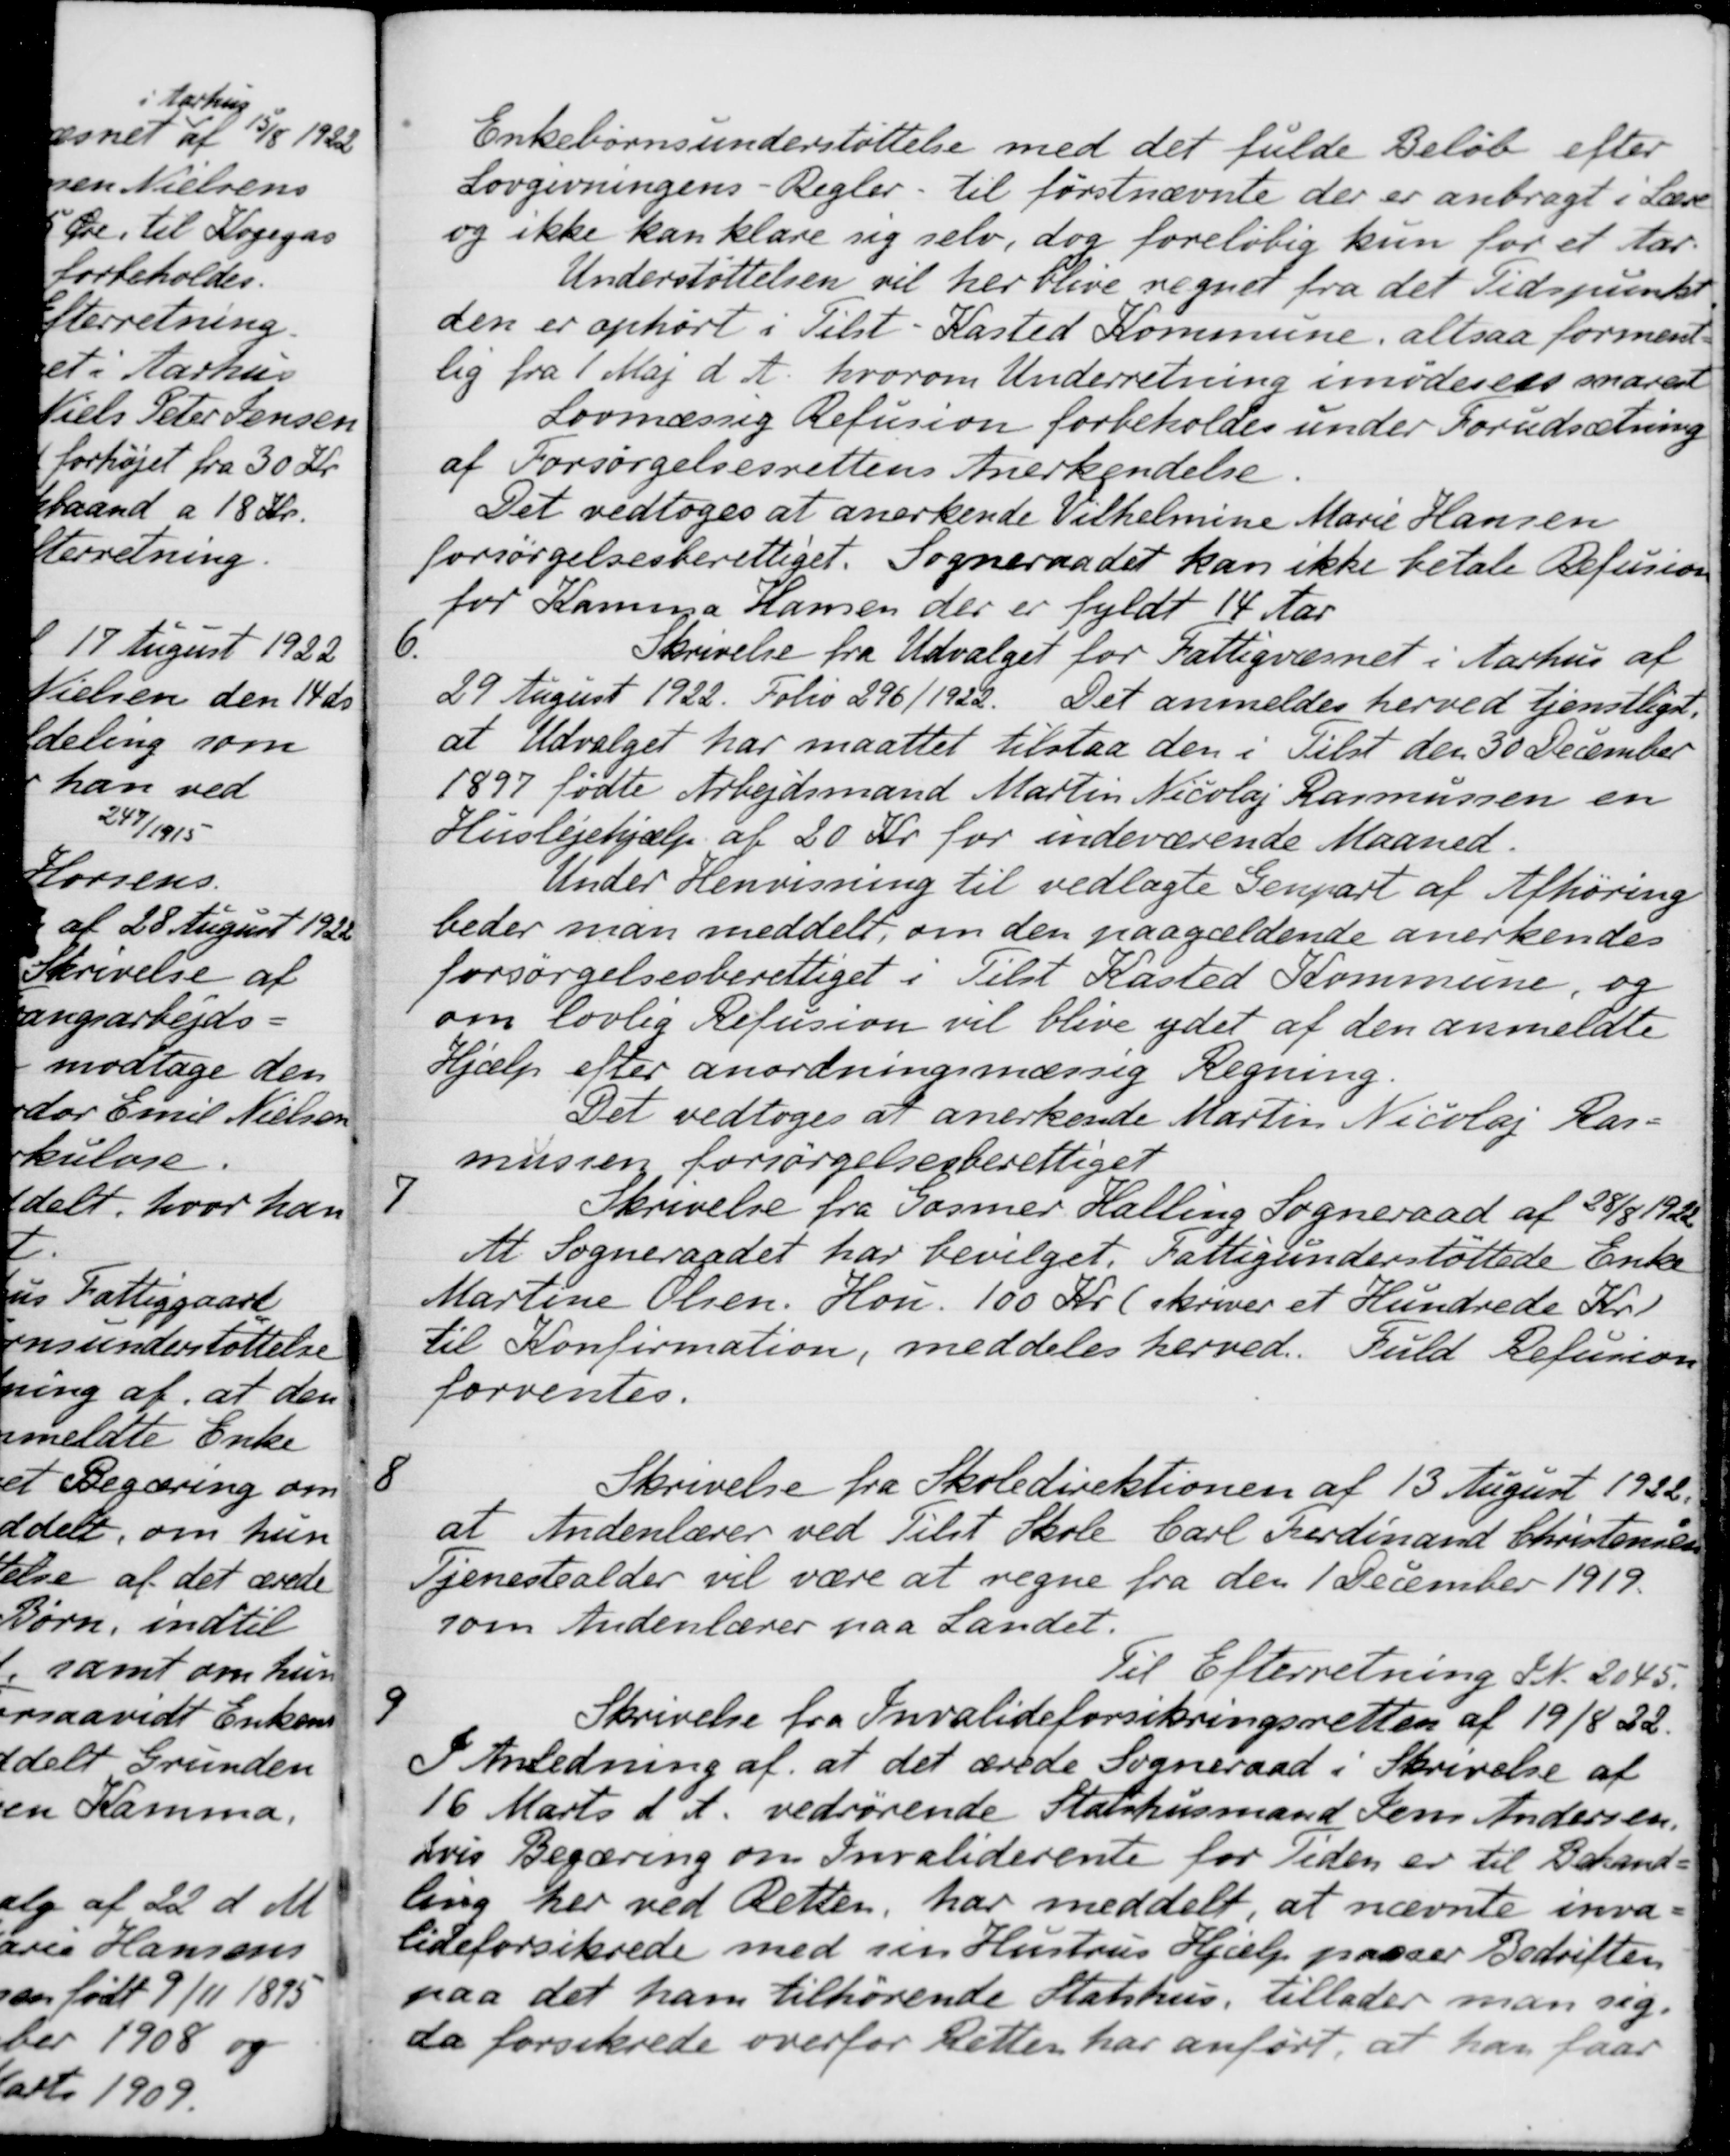
Transskription:
Enkebørnsunderstøttelse med det fulde Beløb efter
Lovgivningens - Regler til førstnævnte der er anbragt i Lære
og ikke kan klare sig selv, dog foreløbig kun for et Aar.
Understøttelsen vil her blive regnet fra det Tidspunkt
den er ophørt i Tilst-Kasted Kommune, altsaa forment-
lig fra 1 Maj d. A. hvorom Underretning imødeses snarest
Lovmæssig Refusion forbeholdes under Forudsætning
af Forsørgelsesrettens Anerkendelse
Det vedtoges at anerkende Vilhelmine Marie Hansen
forsørgelsesberettiget. Sogneraadet kan ikke betale Refusion
for Kamma Hansen der er fyldt 14 Aar
6
Skrivelse fra Udvalget for Fattigvæsnet i Aarhus af
29 August 1922. Folio 296/1922. Det anmeldes herved tjenstliget.
at Udvalget har maattet tilstaa den i Tilst den 30 December
1897 fødte Arbejdsmand Martin Nicolaj Rasmussen en
Huslejehjælp af 20 Kr. for indeværende Maaned.
Under Henvisning til vedlagte Genpart af Afhøring
der man meddelt, om den paagældende anerkendes
forsørgelsesberettiget i Tilst Kasted Kommune, og
n lovlig Refusion vil blive ydet af den anmeldte
ælp efter anordningsmæssig Regning.
Det vedtoges at anerkende Martin Nicolaj Ras-
mussen forsørgelsesberettiget
7
Skrivelse fra Gosmer Halling Sogneraad af 28/8 1922
tt. Sogneraadet har bevilget. Fattigunderstøttede Enke
Martine Olsen, Hou, 100 Kr. (skriver et Hundrede Kr)
i Konfirmation, meddeles herved. Fuld Refusion
forventes.
8
Skrivelse fra Skoledirektionen af 13 August 1922.
at Indenlærer ved Tilst Skole Carl Ferdinand Christensens
Tjenestealder vil være at regne fra den 1 December 1919.
som Andenlærer paa Landet.
Til Efterretning JN. 2045.
9
Skrivelse fra Invalideforsikringsretten af 19/8 22.
I Anledning af at det ærede Sogneraad i Skrivelse af
16 Marts d. A. vedrørende Statshusmand Jens Andersen.
svis Begæring om Invaliderente for Tiden er til Behand-
ling her ved Retten, har meddelt at nævnte inva-
lideforsikrede med sin Hustrus Hjælp passer Bedriften
paa det ham tilhørende Statshus, tillader man sig.
da forsikrede overfor Retten har anført, at han faar